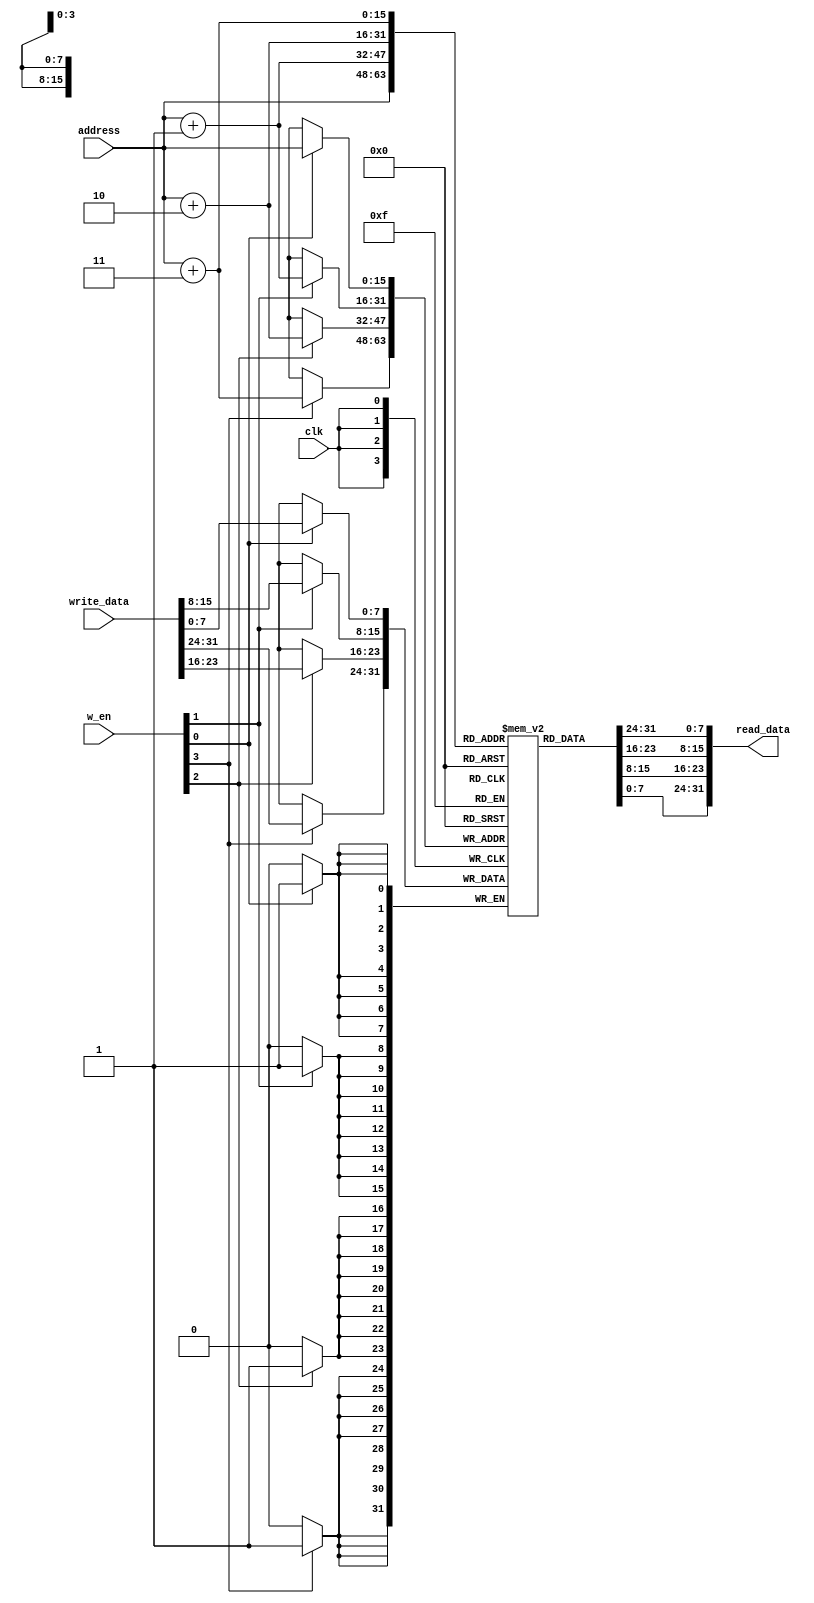
module SRAM (
input clk,
input [3:0] w_en,
input [15:0] address,
input [31:0] write_data,
output [31:0] read_data
);
reg [7:0] mem [0:65535];

genvar I;
generate
  	for (I = 0; I < 10; I = I + 1) begin : gen_regs
    	wire [31:0] mem_temp = {mem[3+I*4],mem[2+I*4], mem[1+I*4], mem[I*4]};
	end
endgenerate
//reg [7:0] mem [0:16384];
//Write
always@(negedge clk) begin
    if(w_en[0]) 
        mem[address] <= write_data[7:0];
    if(w_en[1])
        mem[address+16'd1] <= write_data[15:8];
    if(w_en[2])
        mem[address+16'd2] <= write_data[23:16];
    if(w_en[3])
        mem[address+16'd3] <= write_data[31:24];
end

//Read
assign read_data[7:0] = mem[address];
assign read_data[15:8] = mem[address+16'd1];
assign read_data[23:16] = mem[address+16'd2];
assign read_data[31:24] = mem[address+16'd3];

endmodule